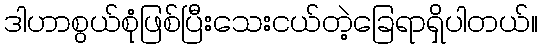
ဒါဟာစွယ်စုံဖြစ်ပြီးသေးငယ်တဲ့ခြေရာရှိပါတယ်။